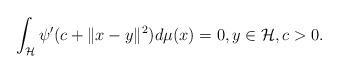
LaTeX: \begin{align*}\int_{\mathcal{H}}\psi^{\prime }(c+\|x-y\|^{2})d\mu(x)=0, y \in \mathcal{H}, c>0. \end{align*}